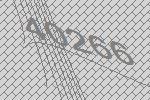
40266